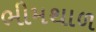
ભીમથાળ